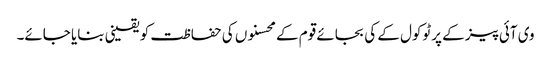
وی آئی پیز کے پرٹوکول کے کی بجائے قوم کے محسنوں کی حفاظت کو یقینی بنایا جائے۔